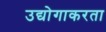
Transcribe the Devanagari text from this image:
उद्योगाकरता